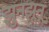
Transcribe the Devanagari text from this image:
झुनझूनू